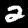
Digit: 2